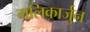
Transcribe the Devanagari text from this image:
मलिकार्जुन